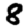
Digit: 8